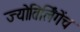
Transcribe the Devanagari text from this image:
ज्योतिर्लिंगेंच